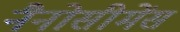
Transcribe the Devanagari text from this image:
नैनोसीमेंस